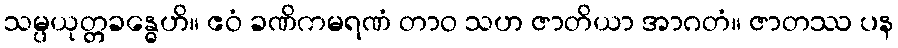
သမ္ပယုတ္တခန္ဓေဟိ။ ဧဝံ ခဏိကမရဏံ တာဝ သဟ ဇာတိယာ အာဂတံ။ ဇာတဿ ပန